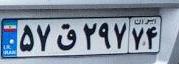
۵۷ق۲۹۷۷۴